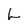
Character: L